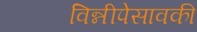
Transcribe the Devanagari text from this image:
विन्नीपेसावकी